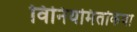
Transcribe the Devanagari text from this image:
विनियमितकिया